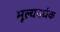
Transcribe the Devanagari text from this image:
मूल्यवर्धक